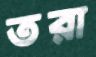
তরা